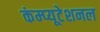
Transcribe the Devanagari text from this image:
कंम्‍प्‍यूटेशनल